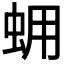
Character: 𧊊